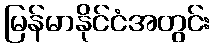
မြန်မာနိုင်ငံအတွင်း